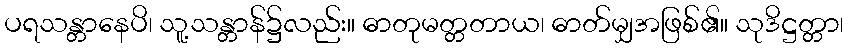
ပရသန္တာနေပိ၊ သူ့သန္တာန်၌လည်း။ ဓာတုမတ္တတာယ၊ ဓာတ်မျှအဖြစ်၏။ သုဒိဋ္ဌတ္တာ၊